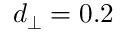
d _ { \perp } = 0 . 2